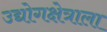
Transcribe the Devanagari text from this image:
उद्योगक्षेत्राला